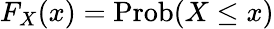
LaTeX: F_{X}\! \left(x\right)={\mathrm{Prob}}\! \left(X\leq x\right)